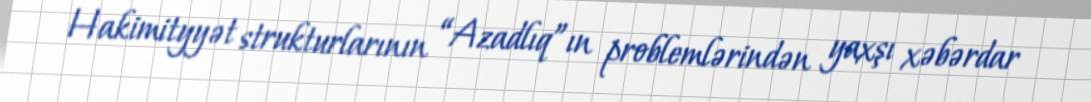
Hakimityyət strukturlarının “Azadlıq”ın problemlərindən yaxşı xəbərdar